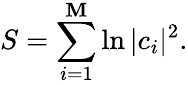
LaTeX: S=\sum_{i=1}^{\mathbf{M}}\ln|c_{i}|^{2}.